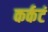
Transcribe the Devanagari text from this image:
कर्कटं